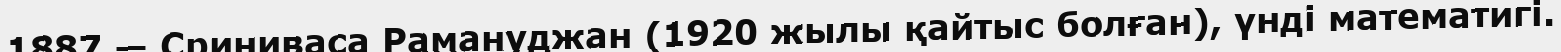
1887 — Сриниваса Рамануджан (1920 жылы қайтыс болған), үнді математигі.